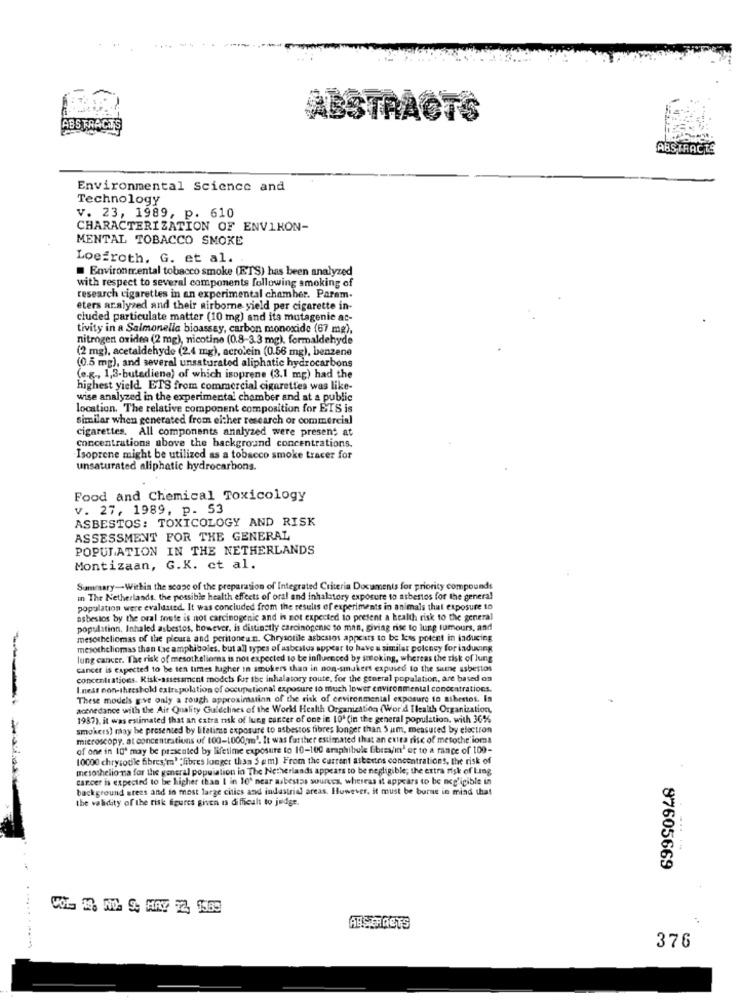
ABSTRACTS
ABSTRACTE
Environmental Science and
Technology
v. 23, 1989, p. 610
CHARACTERIZATION OF ENVIRON-
MENTAL TOBACCO SMOKE
Loefroth, G. et al.
Environmental tobacco smoke (ETS) has been analyzed
with respect to several components following smoking of
research cigarettes in an experimental chamber. Parem-
eters aralyzed and their airborne yield per cigarette in
cluded particulate matter (10 mg) and its mutagenic ac-
tivity in a Salmonella bioassay, carbon monoxide (67 mg),
nitrogen oxidea (2 mg), nicotine (0.8-3.3 mg), formaldehyde
(2 mg), acetaldehyde (2.4 mg), acrolein (0.56 mg), benzene
(0.5 mg), and several unsaturated aliphatic hydrocarbons
(e.g ., 1,3-butadiene) of which isoprene (3.1 mg) had the
highest yield. ETS from commercial cigarettes was like-
wise analyzed in the experimental chamber and at a public
location. The relative component composition for ETS is
similar when generated from either research or commercial
cigarettes. All components analyzed were present at
concentrations above the background concentrations.
Isoprene might be utilized as a tobacco smoke tracer for
unsaturated aliphatic hydrocarbons.
Food and Chemical Toxicology
v. 27, 1989, p. 53
ASBESTOS: TOXICOLOGY AND RISK
ASSESSMENT FOR THE GENERAL
POPULATION IN THE NETHERLANDS
Montizaan, G.K. ct al.
Summary-Within the scope of the preparation of Integrated Criteria Documents for priority compounds
in The Netherlands, the possible health effects of oral and inhalatory exposure to asbestos for the general
population were evaluated. It was concluded from the results of experiments in animals that exposure to
asbestos by the oral foute is not carcinogenic and is not expected to present a health risk to the general
population, Inhaled asbestos, however, is distinctly carcinogenic to man, giving rise to lung tumours, and
mesotheliomas of the pleura and peritoneun. Chrysotile asbestos appears to be less potent in laducing
mesotheliomas then lac amphiboles, but all types of asbestos appear to have u similar polency for inducing
lung cancer. The risk of mesothelioma is not expected to be influenced by smoking, whereas the risk of Jung
cancer is expected to be ten times higher in smokers than in non-sinukers expused to the same asbestos
concentrations. Risk-assessment models for the inhalatory route, for the general population, are based on
I.ness non-threshold extrapolation of occupational exposure to much lower environmental concentrations.
These models give only a rough approximation of the risk of environmental exposure to asbestos. In
acenedance with the Air Quality Guidelines of the World Health Organization (Wor'd Ilealth Organization,
1987), it was estimated that an extra risk of lung cancer of one in 10ª (in the general population, with 30%%
smokers) may be presented by lifetime exposure to asbestos fibres longer than 5 um, measured by electron
microscopy. at concentrations of 100-1000gm). It was further estimated that an extra rise of mesothelioma
of one in 10ª may be presented by lifetime exposure to 10-100 araphibule Gbres/in' or to a range of 100-
10000 chrysodle fibres'm' "fibres longer than 5 em) From the current asbestos concentrations, the risk of
mesothelio na for the general population in The Netherlands appears to be negligible, the extra risk of Ling
cancer is expected to be higher than I in 10' near asbestos sources, whereas it appears to be ncg'igible in
background srees and in most large cities and industrial areas. However, it must be borne in mind that
the validity of the risk figures given is difficult to judge.
87605669
ABSTRACTS
376